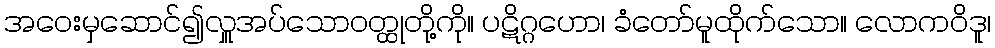
အဝေးမှဆောင်၍လှူအပ်သောဝတ္ထုတို့ကို။ ပဋိဂ္ဂဟော၊ ခံတော်မူထိုက်သော။ လောကဝိဒူ၊